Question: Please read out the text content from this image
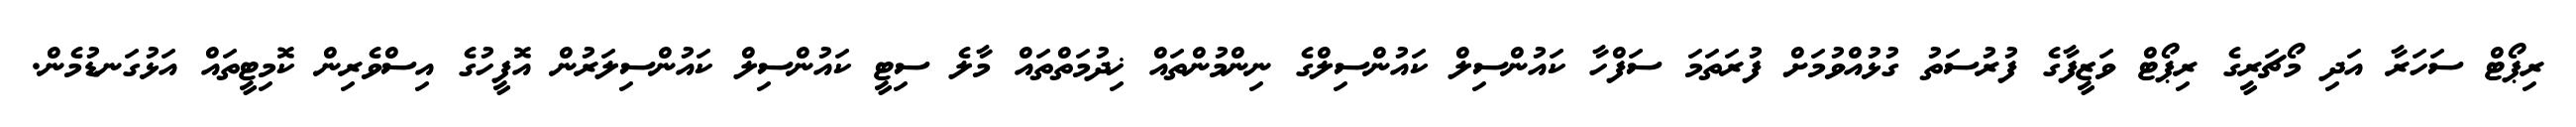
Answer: ރިޕޯޓް ސަހަރާ އަދި މޯޗަރީގެ ރިޕޯޓް ވަޒީފާގެ ފުރުސަތު ގުޅުއްވުމަށް ފުރަތަމަ ސަފްހާ ކައުންސިލް ކައުންސިލްގެ ނިންމުންތައް ޚިދުމަތްތައް މާލެ ސިޓީ ކައުންސިލް ކައުންސިލަރުން އޮފީހުގެ އިސްވެރިން ކޮމިޓީތައް އަޅުގަނޑުމެން.